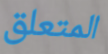
المتعلق